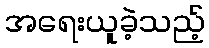
အရေးယူခဲ့သည့်